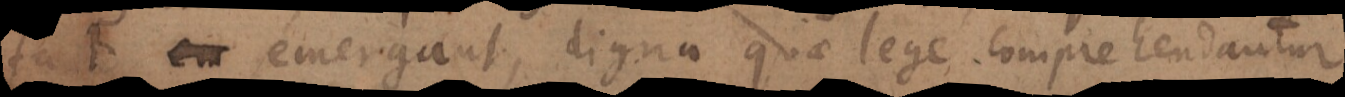
facto emergant, digna quae lege comprehendantur.